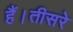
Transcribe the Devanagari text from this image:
हैं।तीसरे